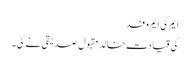
ایم کی ایم وفد
کی قیادت خالد مقبول صدیقی نے کی۔